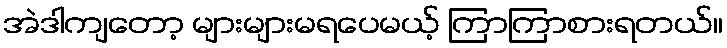
အဲဒါကျတော့ များများမရပေမယ့် ကြာကြာစားရတယ်။